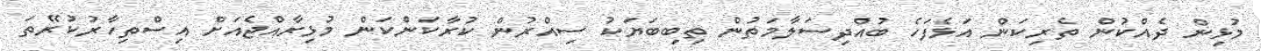
މުޅިން ދެއްކުން ތެރިކަން އަޅެފަހެ ބުއްދިސަލާމަތުން ތިބިބަޔަކު ސިއްރުން ކުރާކަންކަން މުޅިރާއްޖެއަށް އިސްތިހާރުކުރޭތަ